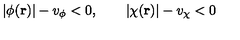
| \phi ( { \bf r } ) | - v _ { \phi } < 0 , \qquad | \chi ( { \bf r } ) | - v _ { \chi } < 0